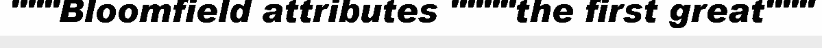
"""Bloomfield attributes """"the first great"""